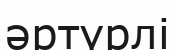
әртүрлі